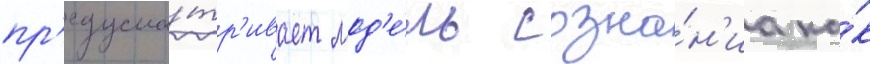
пр'едусма́тр'ивает мод'е́ль созна́н'иа ка́к